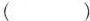
()